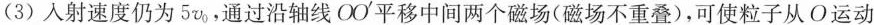
(3)入射速度仍为5v_{0}，通过沿轴线OO^{\prime}平移中间两个磁场(磁场不重叠)，可使粒子从O运动